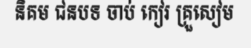
និគម ជនបទ ចាប់ កៀរ គ្រួសៀម